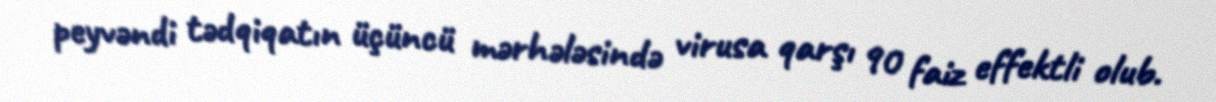
peyvəndi tədqiqatın üçüncü mərhələsində virusa qarşı 90 faiz effektli olub.